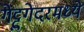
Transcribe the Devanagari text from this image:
गेट्टुगेदरमध्ये